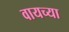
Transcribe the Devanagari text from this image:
वायच्या